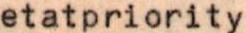
etatpriority